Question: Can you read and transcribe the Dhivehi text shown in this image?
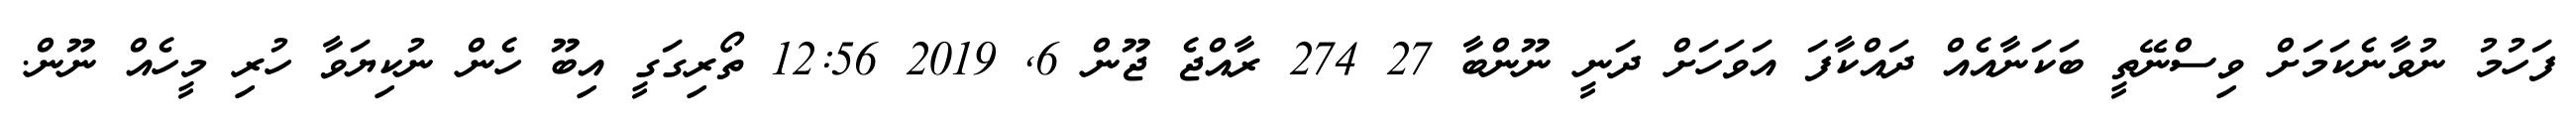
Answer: ފަހުމު ނުވާނެކަމަށް ވިސްނޭތީ ބަކަނާއެއް ދައްކާފަ އަވަހަށް ދަނީ ނޫންބާ 27 274 ރާއްޖެ ޖޫން 6, 2019 12:56 ތޯރިގަގީ އިބޫ ހެން ނުކިޔަވާ ހުރި މީހެއް ނޫން.